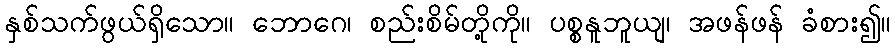
နှစ်သက်ဖွယ်ရှိသော။ ဘောဂေ၊ စည်းစိမ်တို့ကို။ ပစ္စနူဘူယျ၊ အဖန်ဖန် ခံစား၍။